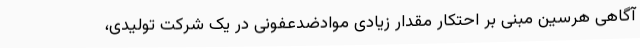
آگاهی هرسین مبنی بر احتکار مقدار زیادی موادضدعفونی در یک شرکت تولیدی،